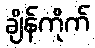
ချိန်ကိုက်